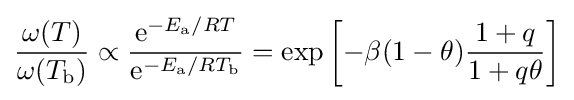
{\frac {\omega (T)}{\omega (T_{\rm {b}})}}\propto {\frac {\mathrm {e} ^{-E_{\rm {a}}/RT}}{\mathrm {e} ^{-E_{\rm {a}}/RT_{\rm {b}}}}}=\exp \left[-\beta (1-\theta ){\frac {1+q}{1+q\theta }}\right]